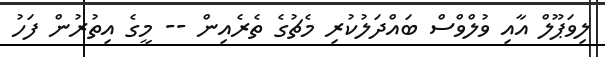
ލިވަޕޫލް އާއި ވުލްވްސް ބައްދަލުކުރި މެޗުގެ ތެރެއިން -- މީގެ އިތުރުން ފަހު